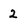
Character: 2